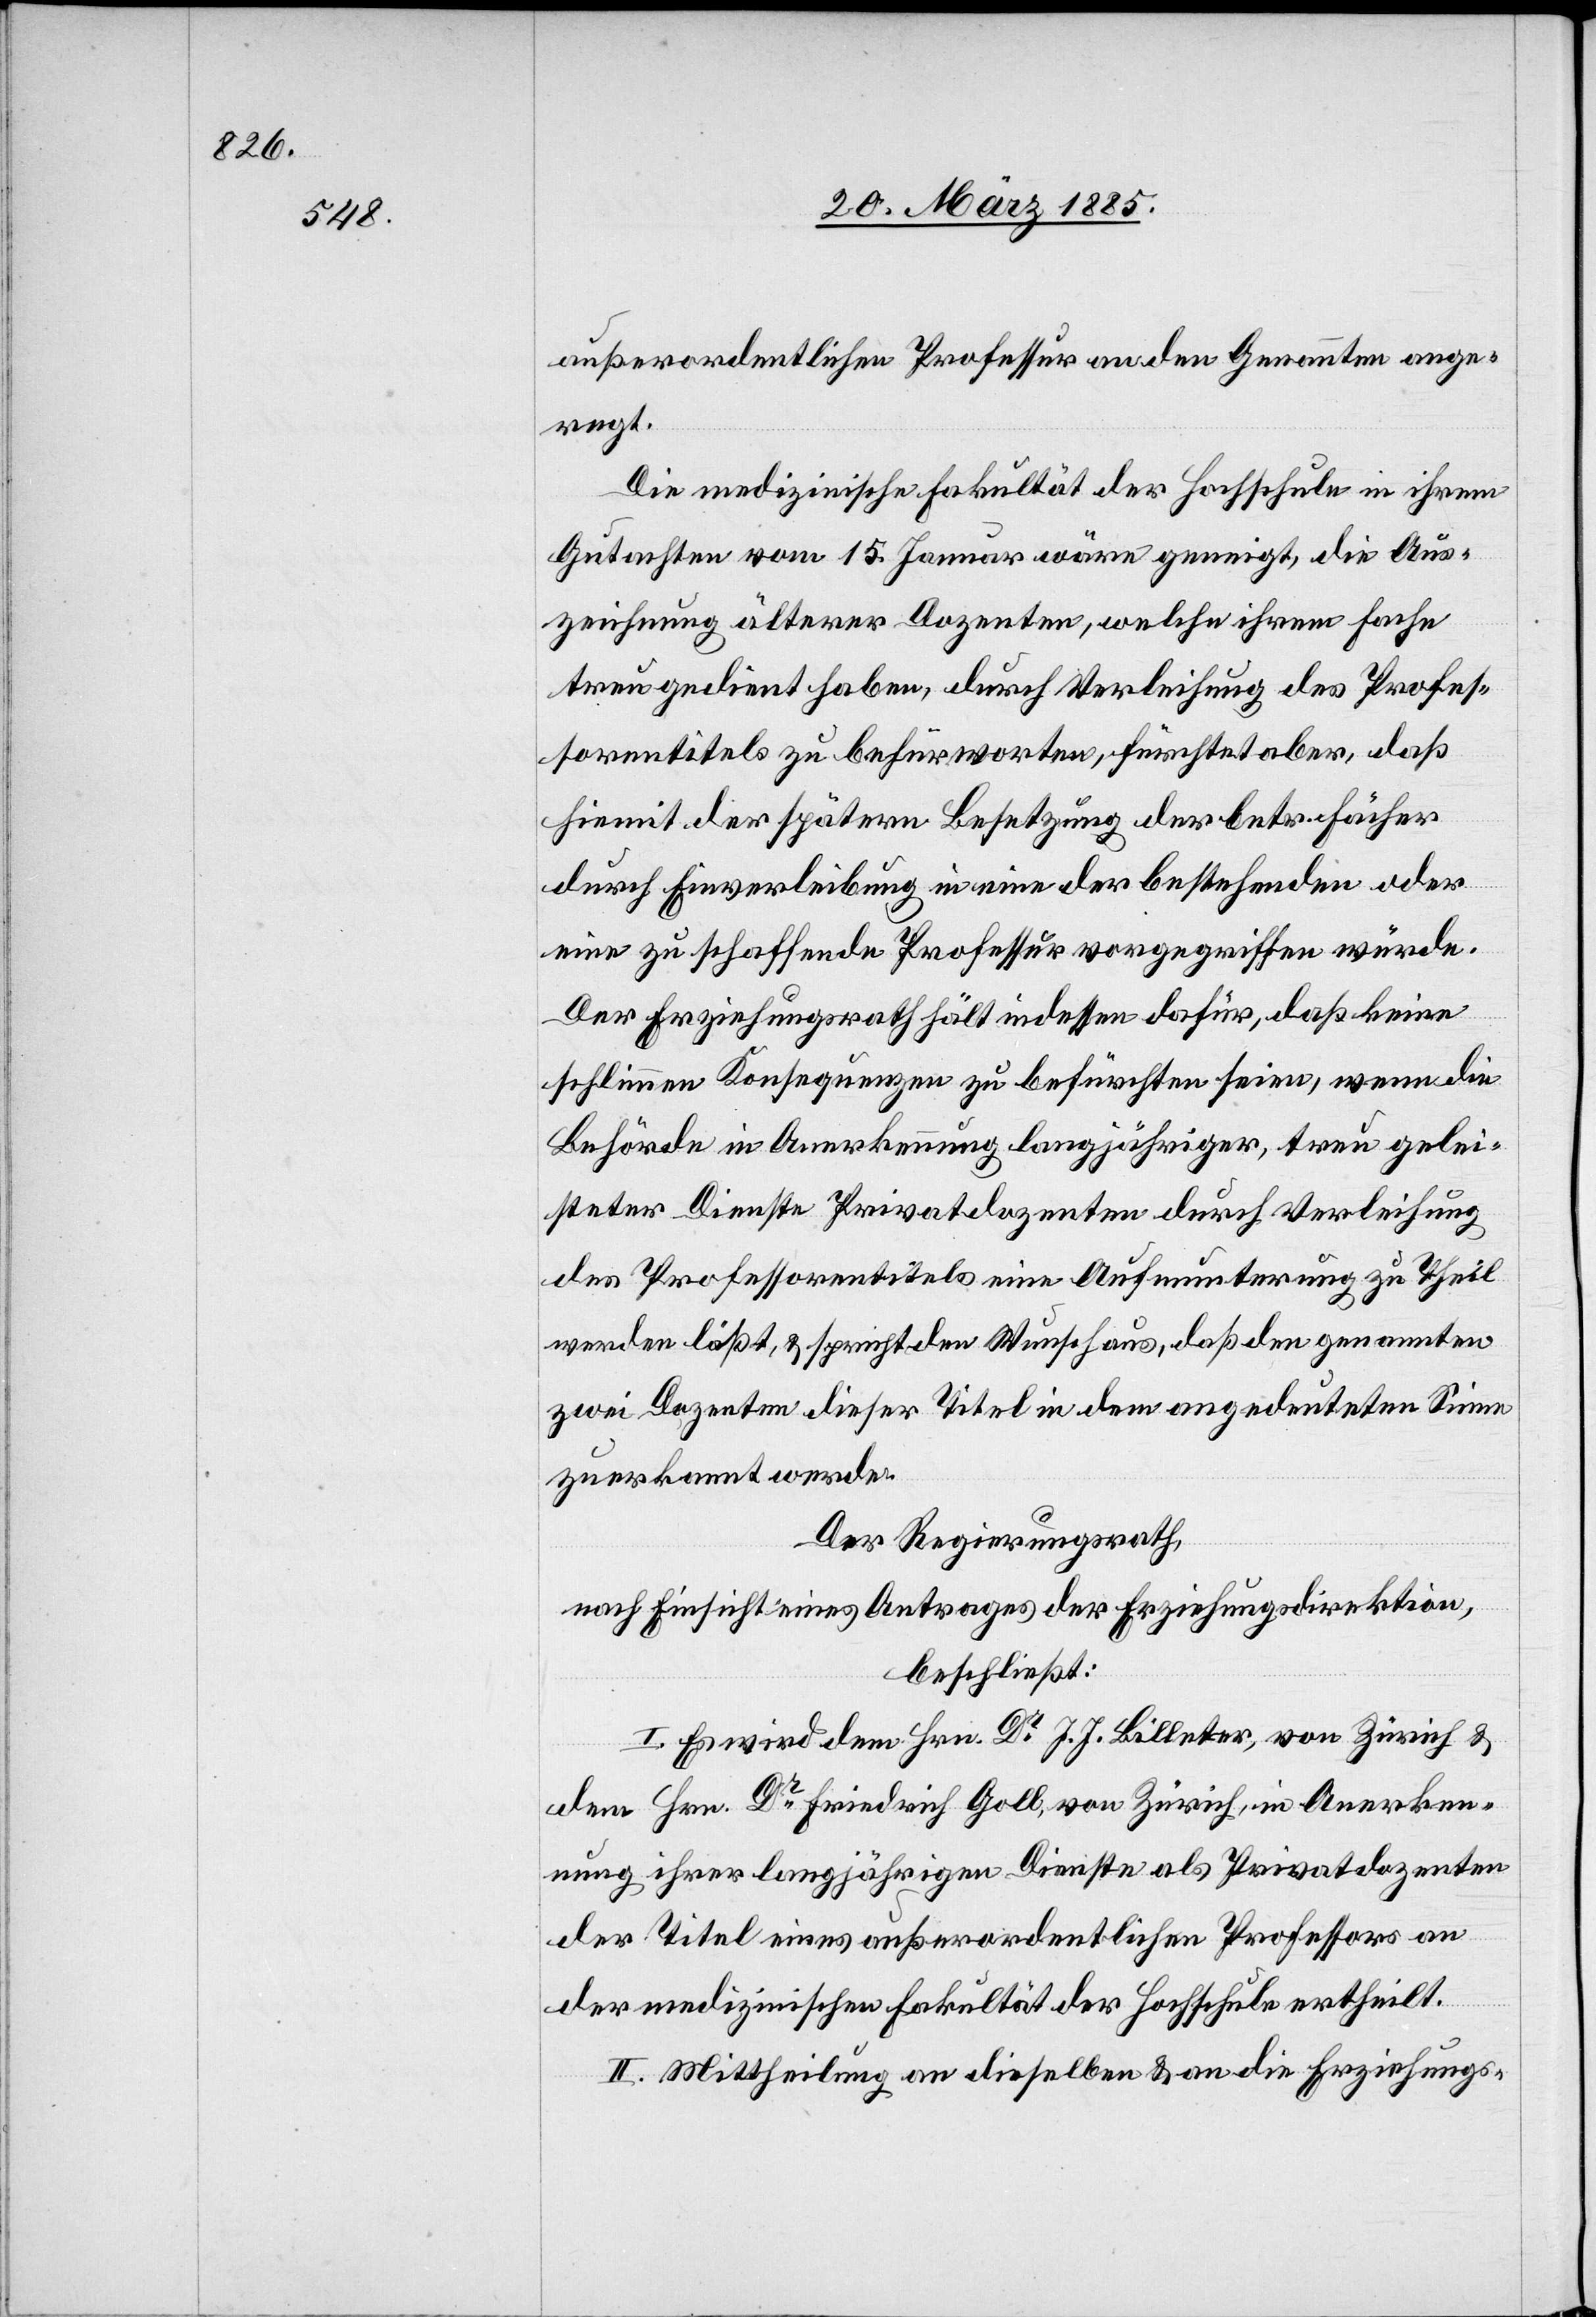
außerordentlichen Professur an den Genannten ange¬
regt.
Die medizinische Fakultät der Hochschule in ihrem
Gutachten vom 15. Januar wäre geneigt, die Aus¬
zeichnung älterer Dozenten, welche ihrem Fache
treu gedient haben, durch Verleihung des Profes¬
sorentitels zu befürworten, fürchtet aber, daß
hiemit der spätern Besetzung der betr. Fächer
durch Einverleibung in eine der bestehenden oder
eine zu schaffende Professur vorgegriffen würde.
Der Erziehungsrath hält indessen dafür, daß keine
schlimmen Konsequenzen zu befürchten seien, wenn die
Behörde in Anerkennung langjähriger, treu gelei¬
steter Dienste Privatdozenten durch Verleihung
des Professorentitels eine Aufmunterung zu Theil
werden läßt, & spricht den Wunsch aus, daß den genannten
zwei Dozenten dieser Titel in dem angedeuteten Sinne
zuerkannt werde.
Der Regierungsrath,
nach Einsicht eines Antrages der Erziehungsdirektion,
beschließt:
I. Es wird dem Hrn. Dr J. J. Billeter, von Zürich &
dem Hrn. Dr Friedrich Goll, von Zürich, in Anerken¬
nung ihrer langjährigen Dienste als Privatdozenten
der Titel eines außerordentlichen Professors an
der medizinischen Fakultät der Hochschule ertheilt.
II. Mittheilung an dieselben & an die Erziehungs-